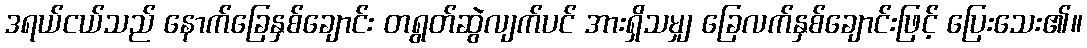
ဒရယ်ငယ်သည် နောက်ခြေနှစ်ချောင်း တရွတ်ဆွဲလျက်ပင် အားရှိသမျှ ခြေလက်နှစ်ချောင်းဖြင့် ပြေးသေး၏။